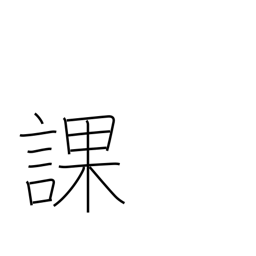
Meaning: division